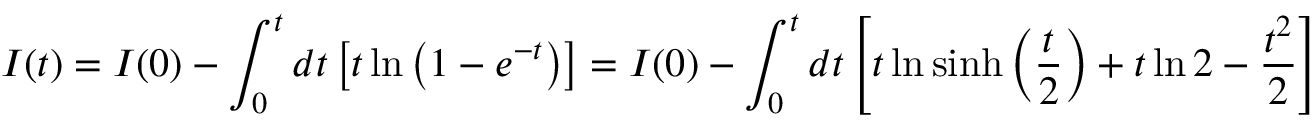
I ( t ) = I ( 0 ) - \int _ { 0 } ^ { t } d t \left[ t \ln \left( 1 - e ^ { - t } \right) \right] = I ( 0 ) - \int _ { 0 } ^ { t } d t \left[ t \ln \sinh \left( \frac { t } { 2 } \right) + t \ln 2 - \frac { t ^ { 2 } } { 2 } \right] \nonumber